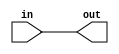
// This program was cloned from: https://github.com/RustamSubkhankulov/verilog-labs
// License: MIT License

module repeater(
  input wire in,

  output wire out
);

assign out = in;

endmodule